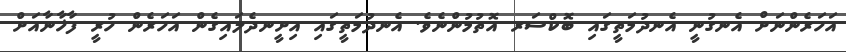
އަހަރެންނަށް އެނގުނީ އެނދުމަތީގައި ބޮކްސަރ އޮތުމުންނެވެ. އެނދުމަތީގައި އިށީނދެލައިގެން އަހަރެން ހުރީ ފާޚާނާއަށް